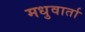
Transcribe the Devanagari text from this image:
मधुवार्ता